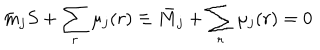
LaTeX: \bar { m } _ { j } S + \sum _ { r } \mu _ { j } ( r ) \equiv \bar { M } _ { j } + \sum _ { r } \mu _ { j } ( r ) = 0